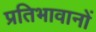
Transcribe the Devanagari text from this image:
प्रतिभावानों